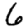
Digit: 6